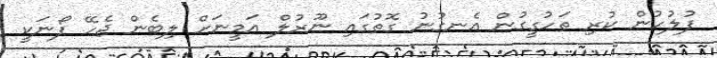
ފުލުހުން ކުރި ތަހުގީގުން އެނގުނު ގޮތުގައި ނޫރުލް އަމީނަށް ލިބެން ޖެހޭ ފޯނަކީ